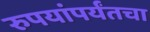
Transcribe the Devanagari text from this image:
रुपयांपर्यंतचा